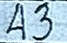
43